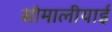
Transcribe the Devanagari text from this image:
सोमालीयाई